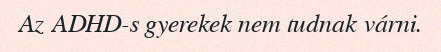
Az ADHD-s gyerekek nem tudnak várni.